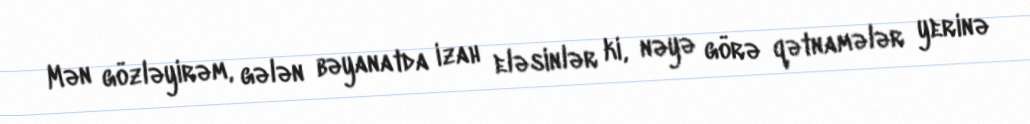
Mən gözləyirəm, gələn bəyanatda izah eləsinlər ki, nəyə görə qətnamələr yerinə